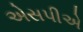
એસપીએ